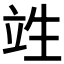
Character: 𮄫